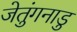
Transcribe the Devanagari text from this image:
जेतुंगनाडु